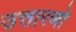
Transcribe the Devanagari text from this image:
उत्तारणो